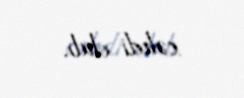
cəhdi olub.